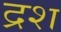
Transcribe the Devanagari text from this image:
द्रश